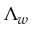
\Lambda _ { w }